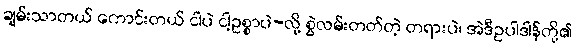
ချမ်းသာတယ် ကောင်းတယ် ငါပဲ ငါ့ဥစ္စာပဲ-လို့ စွဲလမ်းတတ်တဲ့ တရားပဲ၊ အဲဒီဥပါဒါန်တို့၏